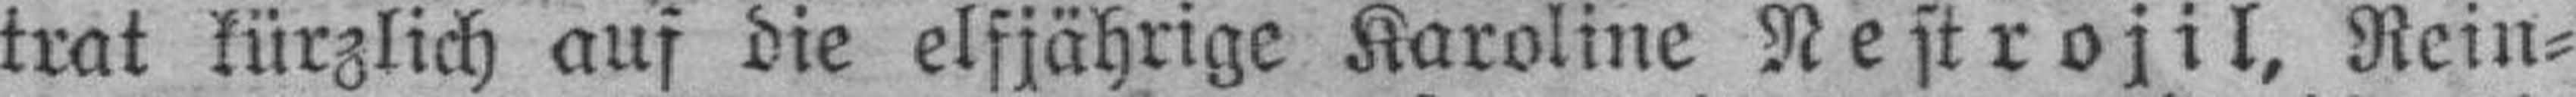
trat kürzlich aus die elfjährige Karoline Nestrojil, Rein¬